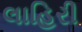
લાહિરી